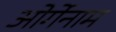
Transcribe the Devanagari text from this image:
ओर्गेनाम